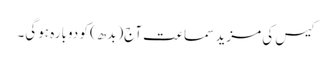
کیس کی مزید سماعت آج(بدھ) کو دوبارہ ہوگی۔